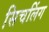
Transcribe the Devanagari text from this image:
सिचलिंग